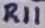
Text: R11